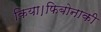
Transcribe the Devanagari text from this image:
किया।फिबोनाकी